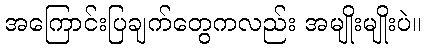
အကြောင်းပြချက်တွေကလည်း အမျိုးမျိုးပဲ။